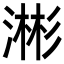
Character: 𬈥